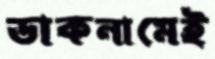
ডাকনামেই